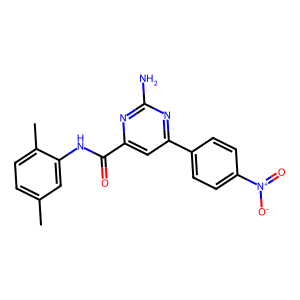
SMILES: Cc1ccc(C)c(NC(=O)c2cc(-c3ccc([N+](=O)[O-])cc3)nc(N)n2)c1
Inhibits HIV replication: No